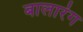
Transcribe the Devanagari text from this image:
बालारंग